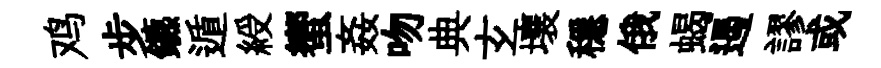
鸡步鑣遁綬蠁姦吻典𤣥壤穩俄蝎遏謬或